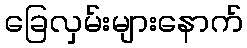
ခြေလှမ်းများနောက်